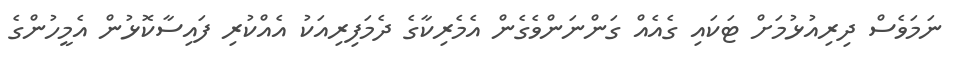
ނަމަވެސް ދިރިއުޅުމަށް ޓަކައި ގެއެއް ގަންނަންވެގެން އެމެރިކާގެ ދެމަފިރިއަކު އެއްކުރި ފައިސާކޮޅުން އެމީހުންގެ